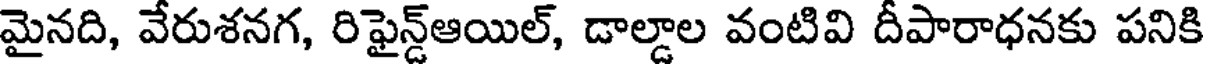
మైనది, వేరుశనగ, రిఫైన్డ్ఆయిల్, డాల్డాల వంటివి దీపారాధనకు పనికి